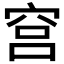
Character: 𬔉